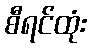
စီရင်ထုံး